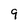
Character: 9